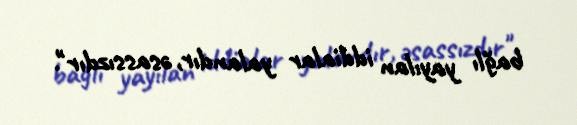
bağlı yayılan iddialar yalandır, əsassızdır".